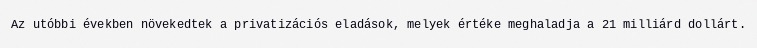
Az utóbbi években növekedtek a privatizációs eladások, melyek értéke meghaladja a 21 milliárd dollárt.